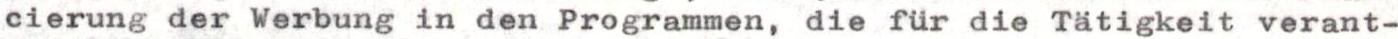
cierung der Werbung in den Programmen, die für die Tätigkeit verant-